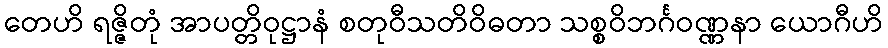
တေဟိ ရဇ္ဇိတုံ အာပတ္တိဝုဋ္ဌာနံ စတုဝီသတိဝိဓတာ သစ္စဝိဘင်္ဂဝဏ္ဏနာ ယောဂီဟိ